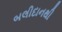
બલીદાનથી